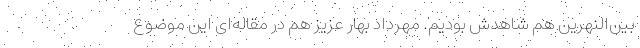
بین‌النهرین هم شاهدش بودیم. مهرداد بهار عزیز هم در مقاله‌ای این موضوع